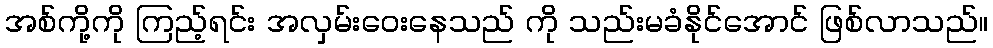
အစ်ကို့ကို ကြည့်ရင်း အလှမ်းဝေးနေသည် ကို သည်းမခံနိုင်အောင် ဖြစ်လာသည်။